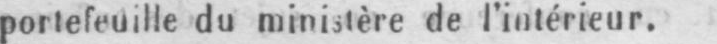
portefeuille du ministère de l’intérieur.